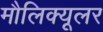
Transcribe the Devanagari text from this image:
मौलिक्यूलर